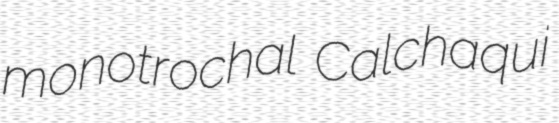
monotrochal Calchaqui